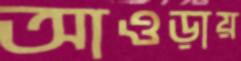
আওড়ায়